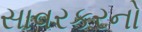
સાવરકરનો